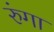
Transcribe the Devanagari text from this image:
रुंगा